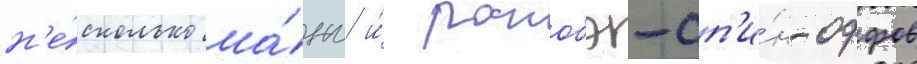
н'е́сколько ма́нг и́ ранобэ-сп'и́н-оффов